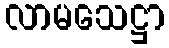
လာမသေဋ္ဌာ